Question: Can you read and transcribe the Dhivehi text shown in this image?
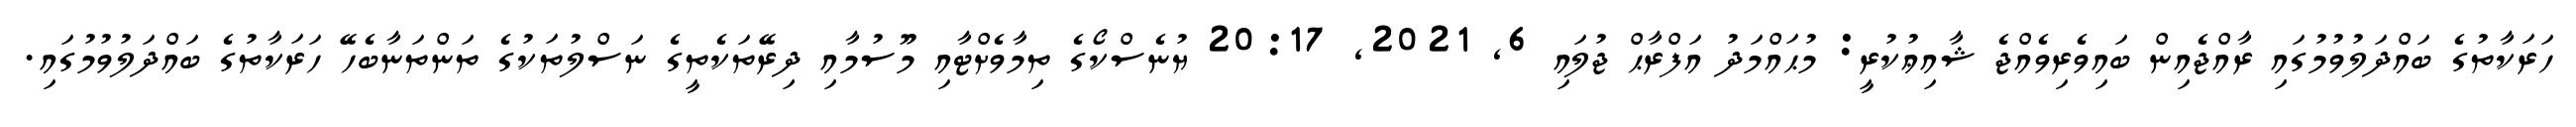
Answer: ހަރަކާތުގެ ބައްދަލުވުމުގައި ރާއްޖެއިން ބައިވެރިވެއްޖެ ޝާއިޢުކުރީ: މުޙައްމަދު އަފްރާޙް ޖުލައި 6, 2021, 20:17 ޔުނެސްކޯގެ ތިމާވެށްޓާއި މޫސުމާއި ދިރޭތަކެތީގެ ނަސްލުތަކުގެ ތަންތަނާބެހޭ ހަރަކާތުގެ ބައްދަލުވުމުގައި.